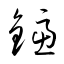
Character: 鑢